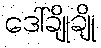
ဒေါ်ချိုချို